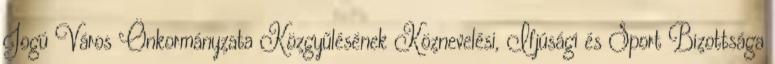
Jogú Város Önkormányzata Közgyűlésének Köznevelési, Ifjúsági és Sport Bizottsága